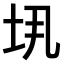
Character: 𫭤